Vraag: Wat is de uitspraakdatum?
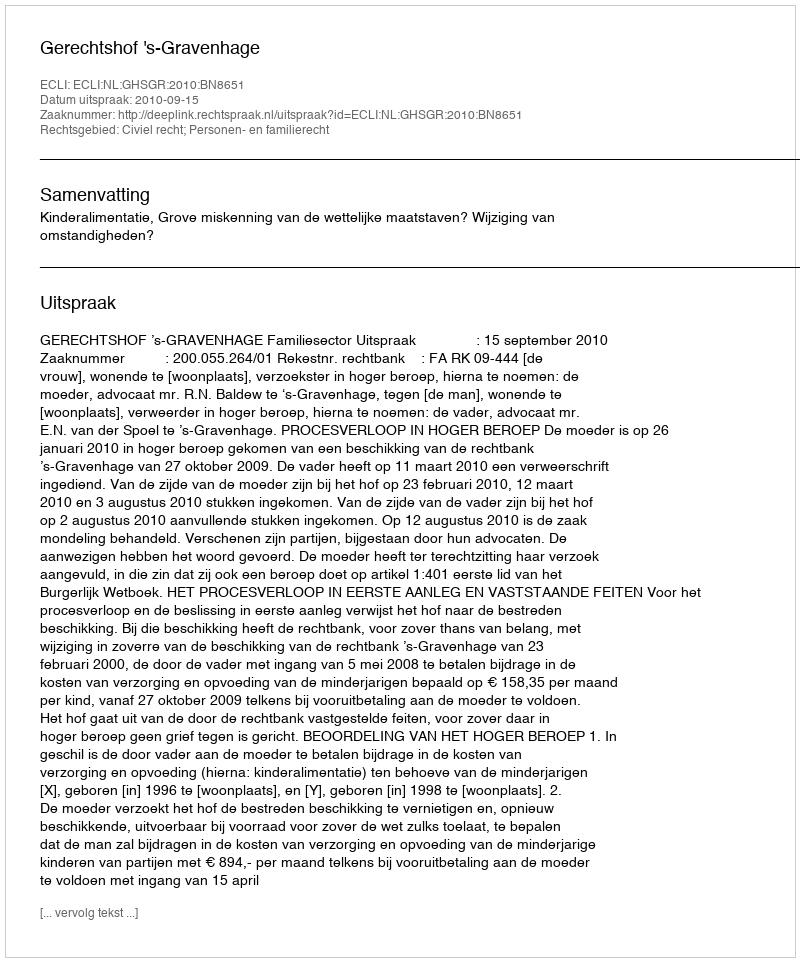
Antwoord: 2010-09-15